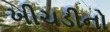
ખીચડીનો